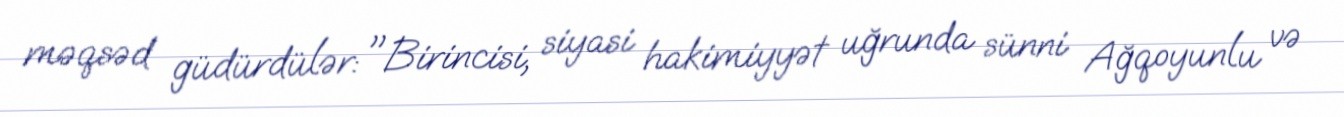
məqsəd güdürdülər: "Birincisi, siyasi hakimiyyət uğrunda sünni Ağqoyunlu və